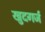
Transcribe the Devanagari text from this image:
खुदगर्ज